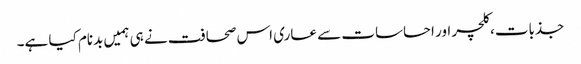
جذبات، کلچر اور احساسات سے عاری اس صحافت نے ہی ہمیں بدنام کیا ہے۔